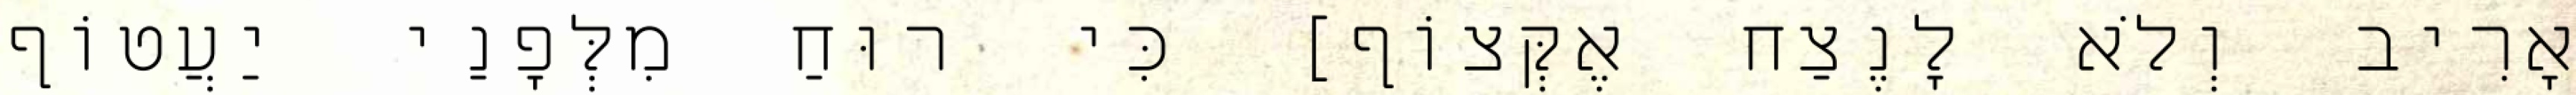
אָרִיב וְלֹא לָנֶצַח אֶקְּצוֹף] כִּי רוּחַ מִלְּפָנַי יַעֲטוֹף